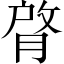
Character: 䏿